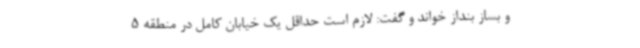
و بساز بنداز خواند و گفت: لازم است حداقل یک خیابان کامل در منطقه 5